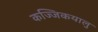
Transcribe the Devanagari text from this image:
कज्जिकयालु